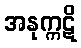
အနုက္ကဋိ